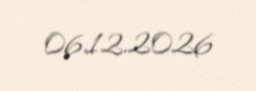
06.12.2026